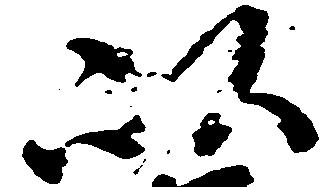
以